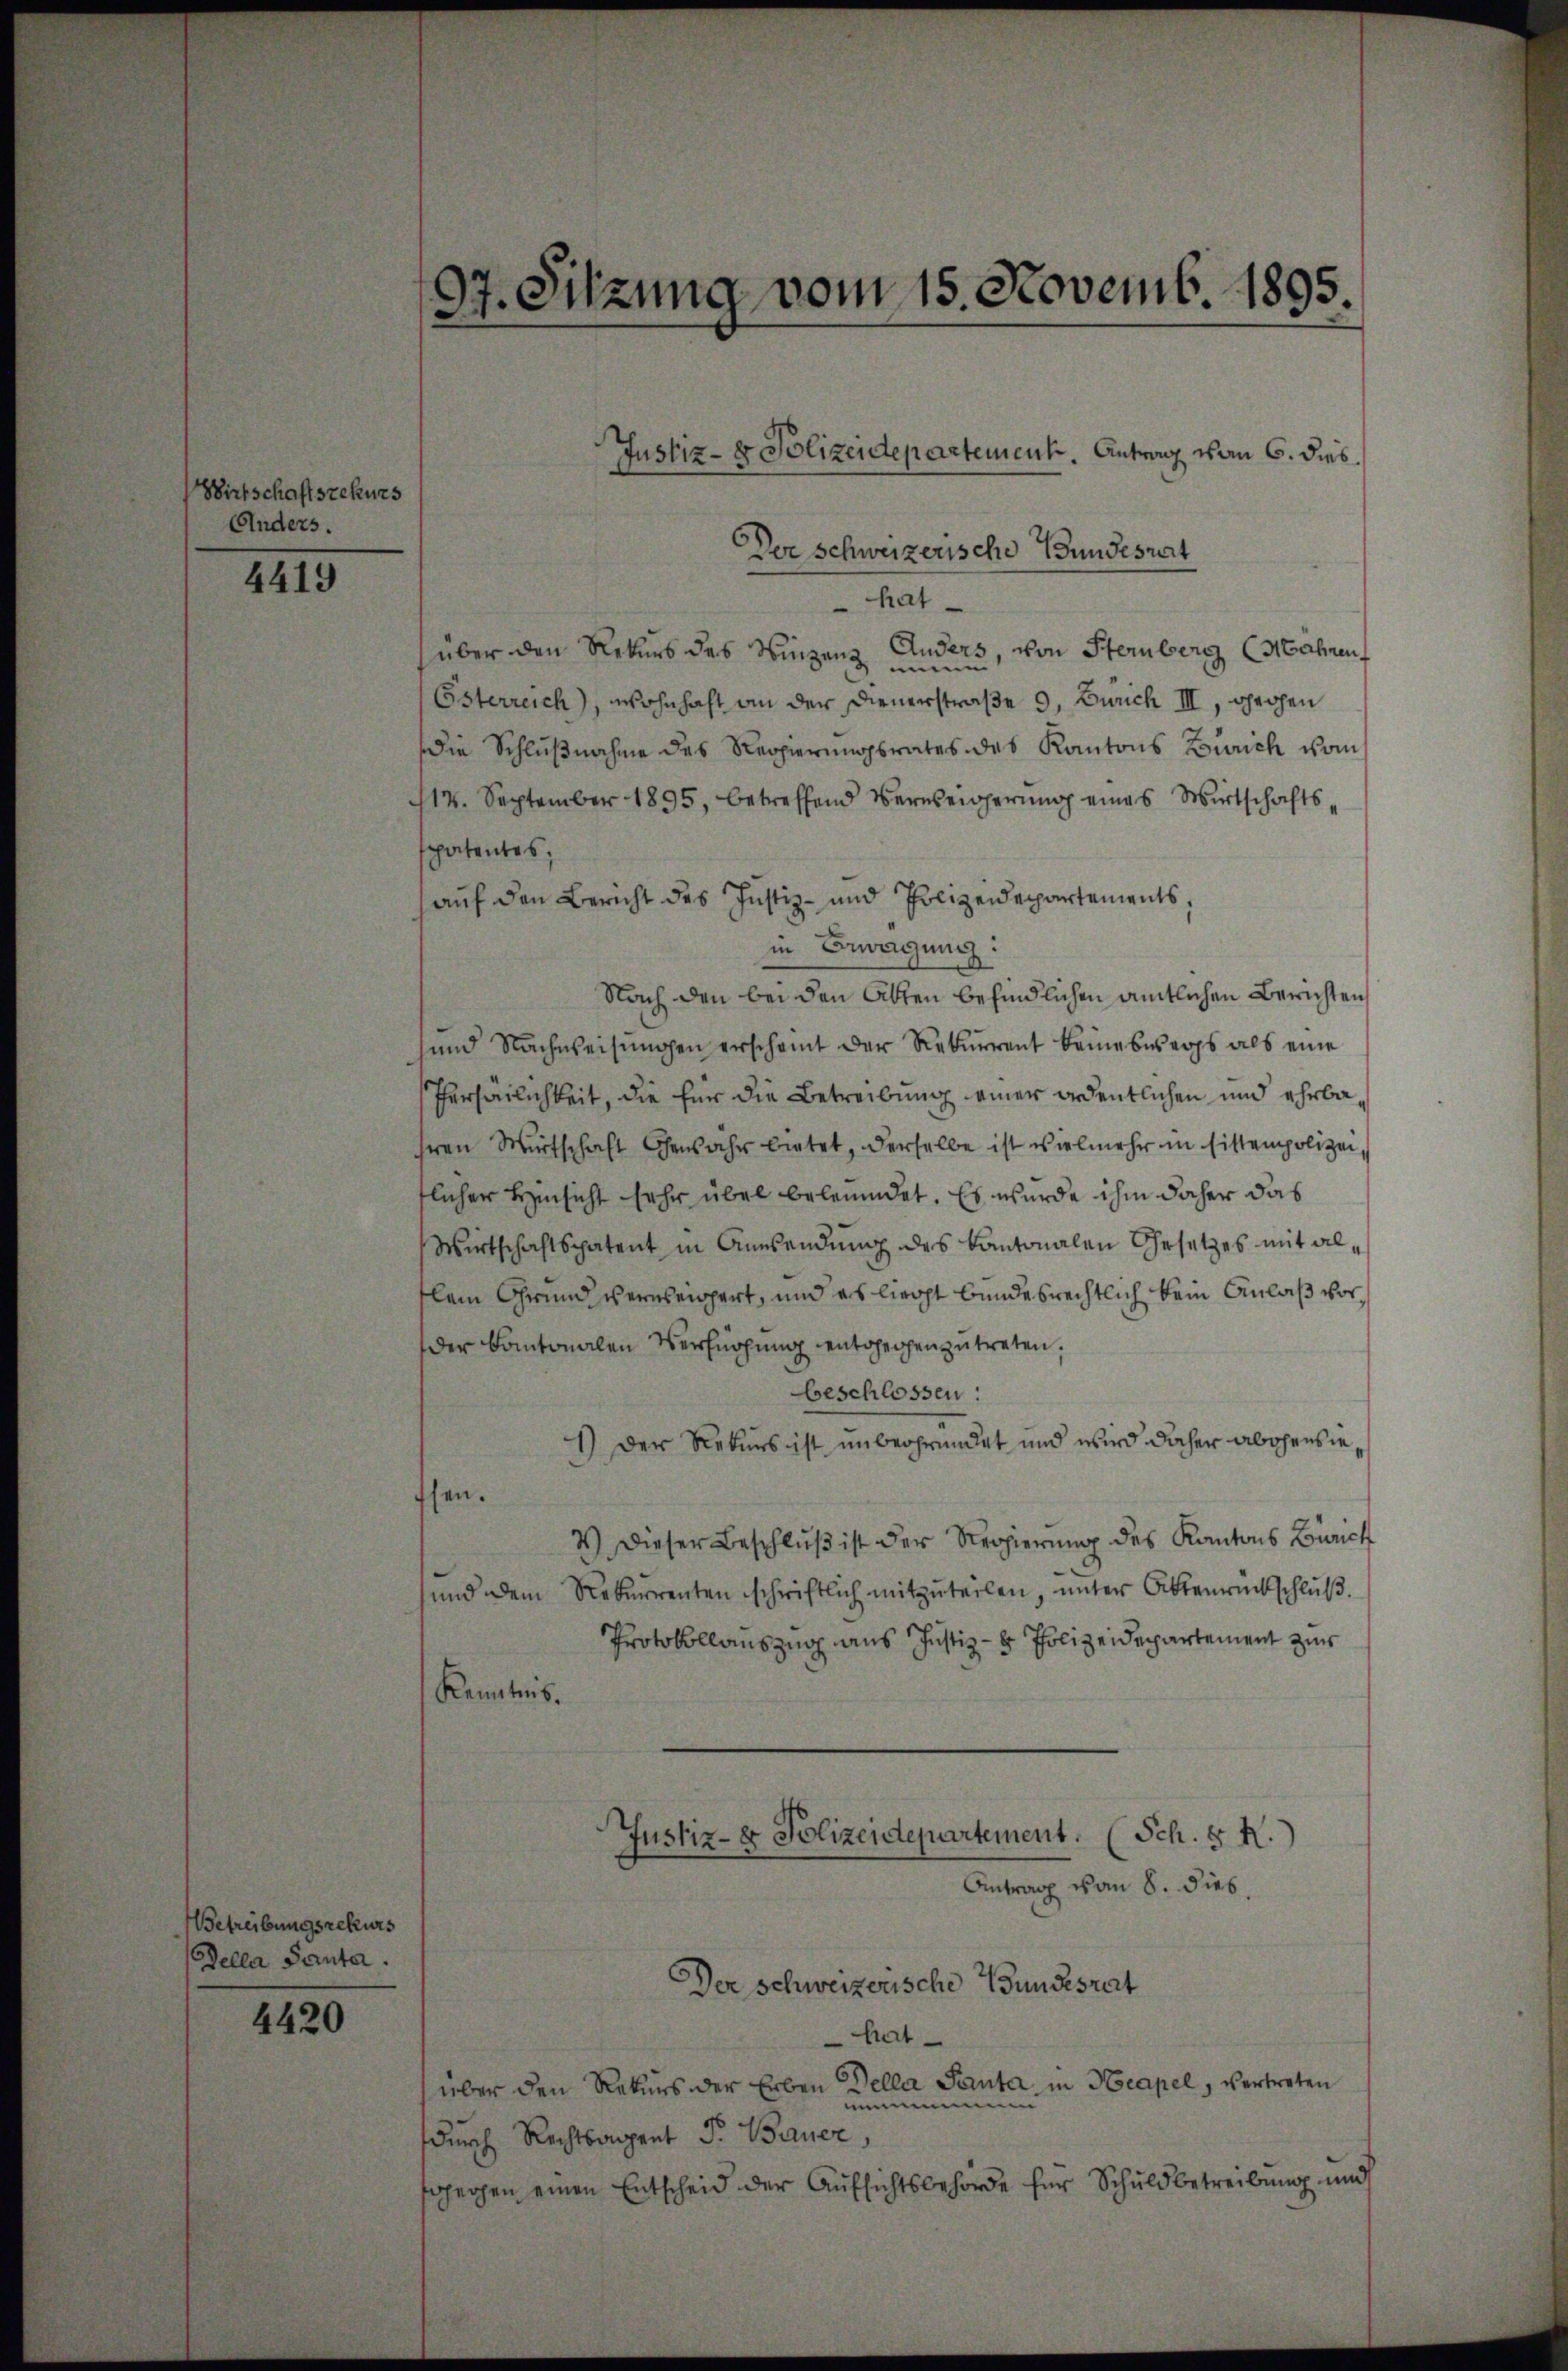
Wirtschaftsrekurs
Anders.

4419

.

Betreibungsrekurs
Della Santa.

4420

97. Sitzung vom 15. Novemb. 1895.

Der Schweizerische Bundesrat
hat
über den Rekurs des Winzenz Anders, von Sternberg (Mahnen
Österreich), wohnhaft an der Dienerstraße 9, Zürich III, prochen
Die Schlußnahme des Regierungsrates des Kantons Zürich vom
14. September 1895, betreffend Verweigerung eines Wirtschaftspatentes,
auf den Bericht des Justiz- und Polizeidepartements,
in Bewegung:
Nach den bei den Akten befindlichen amtlichen Berichten
und Nachweisungen erscheint der Rekurrent keineswegs als eine
Tersärlichkeit, die für die Betreibung einer ordentlichen und ehrba
ren Wirtschaft Gewahr bietet, derselbe ist vielmehr in sittempolizei
flicher Hinsicht sehr übel beleumdet. Es wurde ihm daher das
Wirtschaftspatent in Anwendung des Kantonalen Gesetzes mit allein Grund vernenpert, und es liecht bundesrechtlich kein Anlaß vorder Kantonalen Verfügung entgegen zu treten.
beschlossen:
1) Der Rekurs ist unbegründet und wird daher abgensiessen.
4) Dieser Beschluß ist der Regierung des Kantons Zürich
und dem Rekurrenten schriftlich mitzuteilen, unter Aktenrückschluß.
Protokollauszug aus Justiz- & Polizeidepartement zur
Kenntnis.
Justiz- & Polizeidepartement. (Sch. § R.)
Antrag vom 8. dies
Der Schweizerische Wundesrat
hat
über den Rekurs der Erben Della Panta in Neapel, vertreten
mmmenenen
durch Rechtsanzent J. Bauer,
soperzen einen Entscheid der Aufsichtsbehörde für Schuldbetreibung und

Justiz- & Polizeidepartement. Antrag von 6. dies